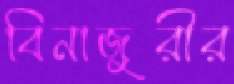
বিনাজুরীর